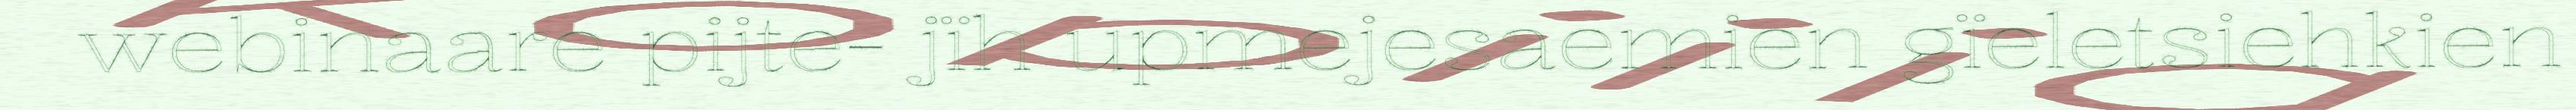
webinaare pijte- jïh upmejesaemien gïeletsiehkien